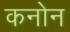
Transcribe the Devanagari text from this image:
कनोन